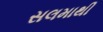
સલમાથી